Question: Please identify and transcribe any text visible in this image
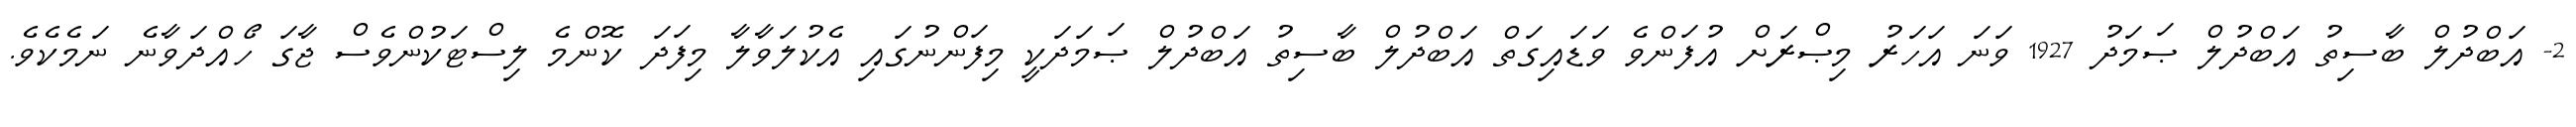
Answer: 2- އަބްދުލް ބާސިތު އަބްދުލް ޞަމަދު 1927 ވަނަ އަހަރު މިޞްރަށް އުފަންވެ ވަޑައިގަތް އަބްދުލް ބާސިތު އަބްދުލް ޞަމަދަކީ މިފަންނުގައި އެކުލަވާލާ މިފަދަ ކޮންމެ ލިސްޓަކުންވެސް ޖާގަ ހޯއްދަވާނެ ނަމެކެވެ.